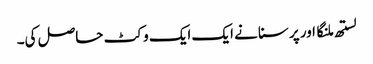
لستھ ملنگا اور پرسنا نے ایک ایک وکٹ حاصل کی۔